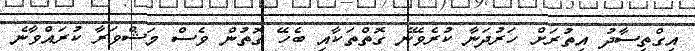
އިގްތިސާދު އިތުރަށް ހަރުދަނާ ކުރެވޭނެ ގޮތްތަކާއި ބެހޭ ގޮތުން ވެސް މަޝްވަރާ ކުރައްވާނެ